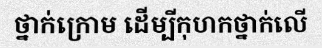
ថ្នាក់ក្រោម ដើម្បីកុហកថ្នាក់លើ